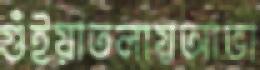
গুঁইয়াতলায়আভা